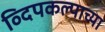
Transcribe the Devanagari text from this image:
व्दिपकल्पाच्या